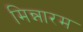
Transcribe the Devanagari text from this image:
मिन्नारम